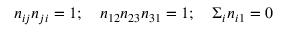
n _ { i j } n _ { j i } = 1 ; \quad n _ { 1 2 } n _ { 2 3 } n _ { 3 1 } = 1 ; \quad \Sigma _ { i } n _ { i 1 } = 0